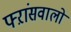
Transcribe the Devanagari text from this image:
फ्ऱांसवालों